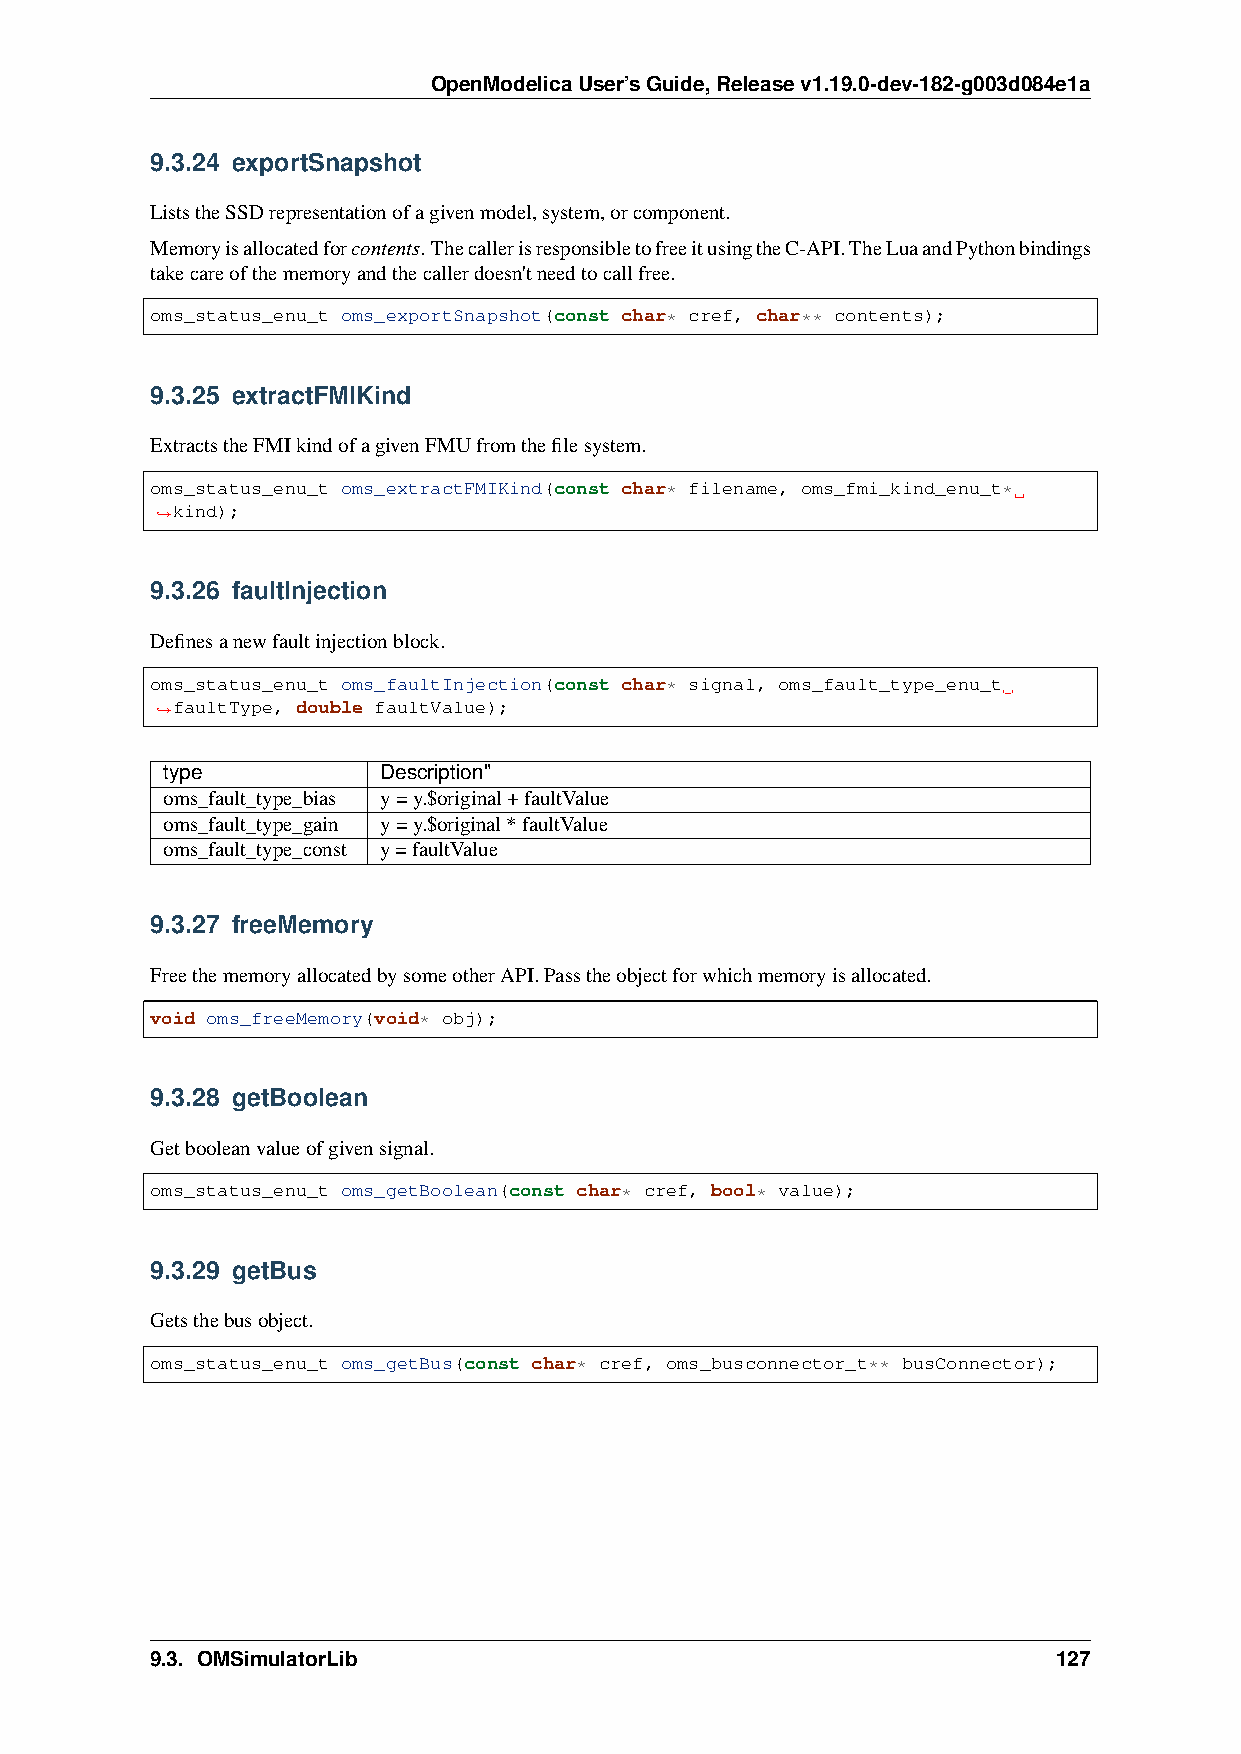
OpenModelicaUser’sGuide,Releasev1.19.0-dev-182-g003d084e1a
 9.3.24 exportSnapshot
 ListstheSSDrepresentationofagivenmodel,system,orcomponent.
 Memoryisallocatedforcontents.ThecallerisresponsibletofreeitusingtheC-API.TheLuaandPythonbindings
 takecareofthememoryandthecallerdoesn'tneedtocallfree.
 oms_status_enu_t oms_exportSnapshot(const char* cref, char** contents);
 9.3.25 extractFMIKind
 ExtractstheFMIkindofagivenFMUfromthefilesystem.
 oms_status_enu_t oms_extractFMIKind(const char* filename, oms_fmi_kind_enu_t*
 kind);
 ˓→
 9.3.26 faultInjection
 Definesanewfaultinjectionblock.
 oms_status_enu_t oms_faultInjection(const char* signal, oms_fault_type_enu_t
 faultType, double faultValue);
 ˓→
 type          Description"
 oms_fault_type_bias y=y.$original+faultValue
 oms_fault_type_gain y=y.$original*faultValue
 oms_fault_type_const y=faultValue
 9.3.27 freeMemory
 FreethememoryallocatedbysomeotherAPI.Passtheobjectforwhichmemoryisallocated.
 void oms_freeMemory(void* obj);
 9.3.28 getBoolean
 Getbooleanvalueofgivensignal.
 oms_status_enu_t oms_getBoolean(const char* cref, bool* value);
 9.3.29 getBus
 Getsthebusobject.
 oms_status_enu_t oms_getBus(const char* cref, oms_busconnector_t** busConnector);
 9.3. OMSimulatorLib                                         127